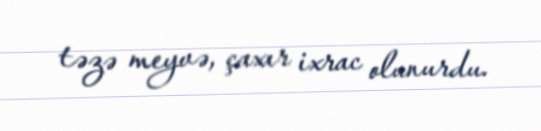
təzə meyvə, çaxır ixrac olunurdu.